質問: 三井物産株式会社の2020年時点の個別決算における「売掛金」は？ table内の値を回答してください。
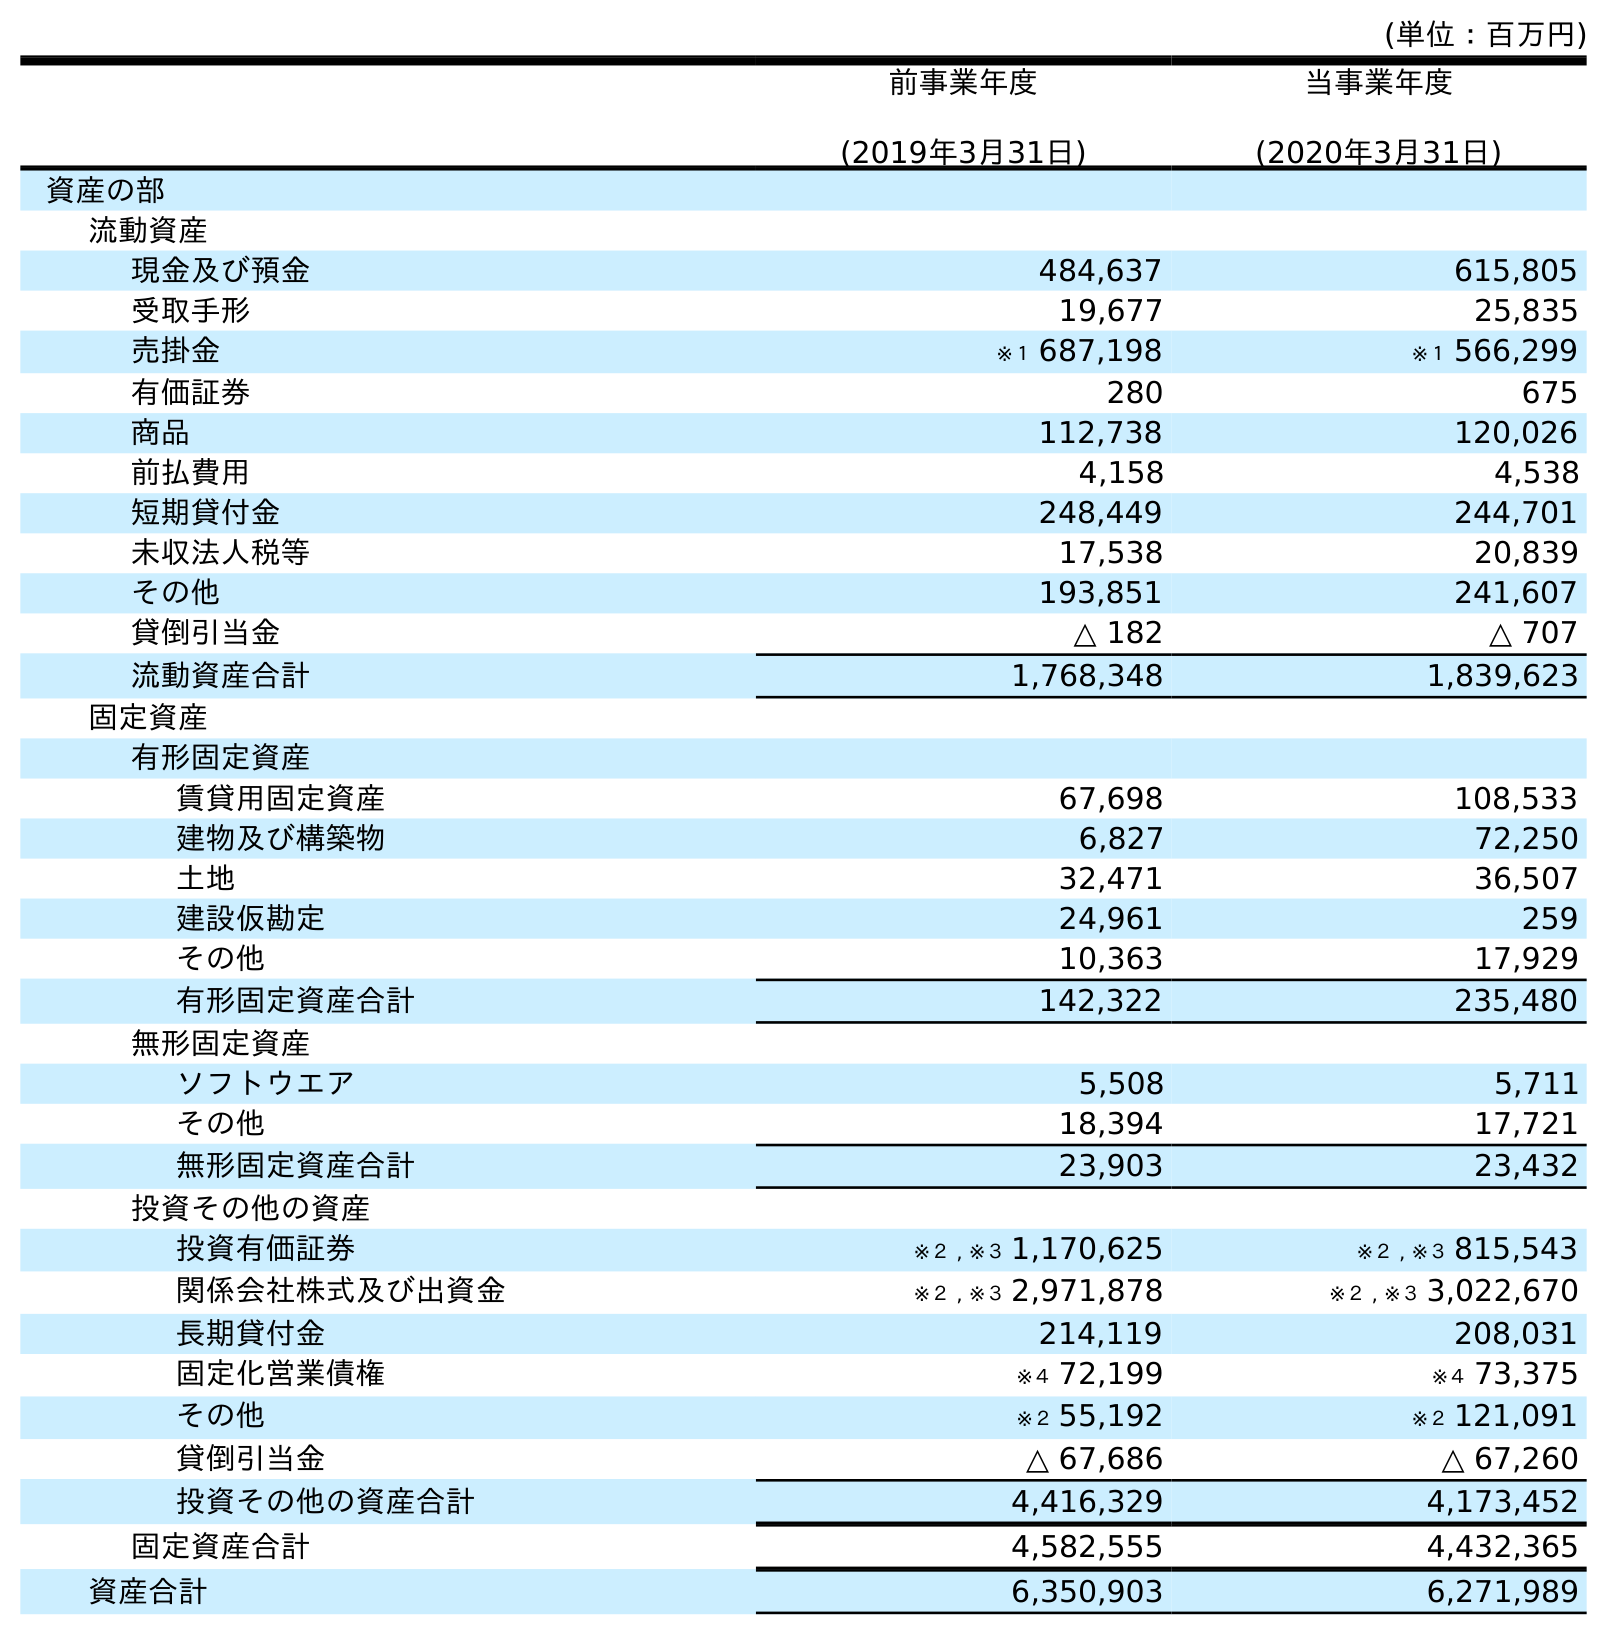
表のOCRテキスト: (単位：百万円) 前事業年度 (2019年3月31日) 当事業年度 (2020年3月31日) 資産の部 流動資産 現金及び預金 484,637 615,805 受取手形 19,677 25,835 売掛金 ※１ 687,198 ※１ 566,299 有価証券 280 675 商品 112,738 120,026 前払費用 4,158 4,538 短期貸付金 248,449 244,701 未収法人税等 17,538 20,839 その他 193,851 241,607 貸倒引当金 △ 182 △ 707 流動資産合計 1,768,348 1,839,623 固定資産 有形固定資産 賃貸用固定資産 67,698 108,533 建物及び構築物 6,827 72,250 土地 32,471 36,507 建設仮勘定 24,961 259 その他 10,363 17,929 有形固定資産合計 142,322 235,480 無形固定資産 ソフトウエア 5,508 5,711 その他 18,394 17,721 無形固定資産合計 23,903 23,432 投資その他の資産 投資有価証券 ※２ , ※３ 1,170,625 ※２ , ※３ 815,543 関係会社株式及び出資金 ※２ , ※３ 2,971,878 ※２ , ※３ 3,022,670 長期貸付金 214,119 208,031 固定化営業債権 ※４ 72,199 ※４ 73,375 その他 ※２ 55,192 ※２ 121,091 貸倒引当金 △ 67,686 △ 67,260 投資その他の資産合計 4,416,329 4,173,452 固定資産合計 4,582,555 4,432,365 資産合計 6,350,903 6,271,989
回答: ※１566,299